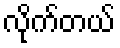
လိုက်တယ်